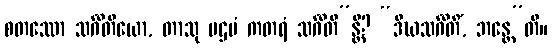
စတဿော သင်္ဂီတိယော, တာသု ပဌမံ ကတရံ သင်္ဂီတိ”န္တိ? “ဒီဃသင်္ဂီတိံ, ဘန္တေ”တိ။